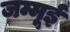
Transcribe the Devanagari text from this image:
जम्मूई